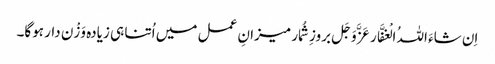
اِن شاءَ اللہُ الْغفَّار عَزَّوَجَل بروزِ شُمار میزانِ عمل میں اُتنا ہی زیادہ وَزْن دار ہوگا۔